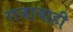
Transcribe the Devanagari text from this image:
राजाचाही